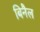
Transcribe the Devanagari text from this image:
बिनैल